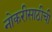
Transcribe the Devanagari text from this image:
नोकरीसाठीची